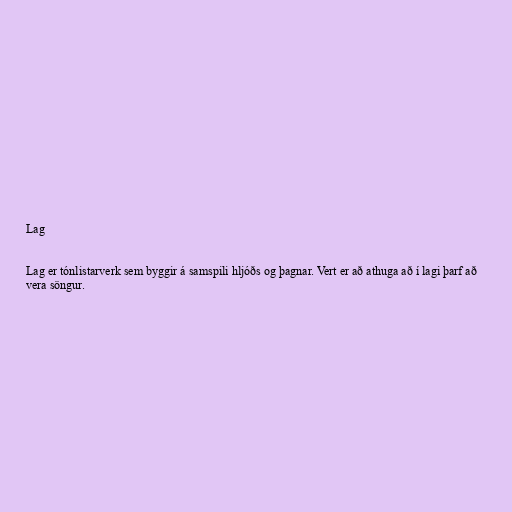
Lag

Lag er tónlistarverk sem byggir á samspili hljóðs og þagnar. Vert er að athuga að í lagi þarf að
vera söngur.